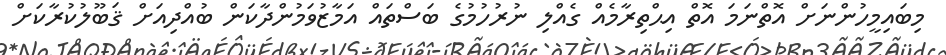
މިބައިމީހުންނަށް އޮތްނަމަ އޮތް އިޙްތިރާމެއް ގެއްލި ނުރުހުމުގެ ބަސްތައް އަމާޒުވަމުންދާކަން ބުއްދިއަށް ޤަބޫލުކުރާކަށް